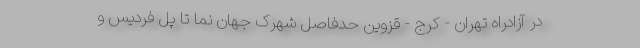
در آزادراه تهران - کرج - قزوین حدفاصل شهرک جهان نما تا پل فردیس و